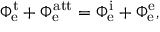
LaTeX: \Phi _ { \mathrm { e } } ^ { \mathrm { t } } + \Phi _ { \mathrm { e } } ^ { \mathrm { a t t } } = \Phi _ { \mathrm { e } } ^ { \mathrm { i } } + \Phi _ { \mathrm { e } } ^ { \mathrm { e } } ,